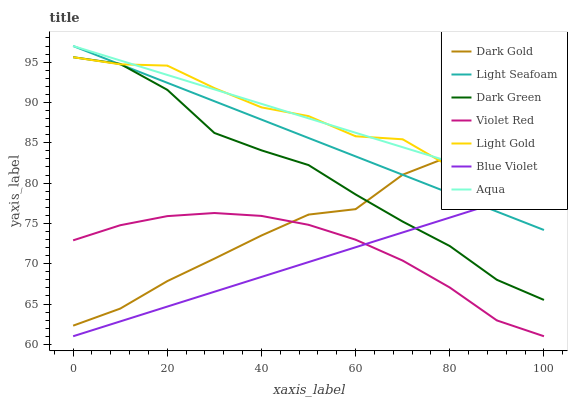
| xaxis_label | Dark Gold | Light Seafoam | Dark Green | Violet Red | Light Gold | Blue Violet | Aqua |
 | --- | --- | --- | --- | --- | --- | --- | --- |
 | 0 | 62.3 | 97 | 95.6 | 72.9 | 95.6 | 61 | 97 |
 | 10 | 64.4 | 94.7 | 94.8 | 74.8 | 94.7 | 62.8 | 95.2 |
 | 20 | 67.8 | 92.4 | 91.6 | 75.9 | 94.6 | 64.7 | 93.4 |
 | 30 | 70.6 | 90.2 | 86.2 | 76.3 | 91.8 | 66.5 | 91.6 |
 | 40 | 73.5 | 87.9 | 84.1 | 75.9 | 89.4 | 68.4 | 89.8 |
 | 50 | 76.1 | 85.6 | 82.2 | 74.8 | 88.3 | 70.2 | 88 |
 | 60 | 76.8 | 83.3 | 78.6 | 73 | 85.8 | 72 | 86.2 |
 | 70 | 81 | 81 | 75.2 | 70.4 | 85.4 | 73.9 | 84.4 |
 | 80 | 83.3 | 78.7 | 72.2 | 67 | 82 | 75.7 | 82.7 |
 | 90 | 84.4 | 76.5 | 68 | 63 | 79.8 | 77.6 | 80.9 |
 | 100 | 90.4 | 74.2 | 65.5 | 61 | 77.9 | 79.4 | 79.1 |